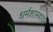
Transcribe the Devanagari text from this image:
धर्मशास्त्रावर